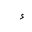
Letter: _hamza